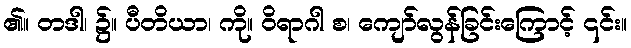
၏။ တဒါ၊ ၌။ ပီတိယာ၊ ကို။ ဝိရာဂါ စ၊ ကျော်လွန်ခြင်းကြောင့် ၎င်း။